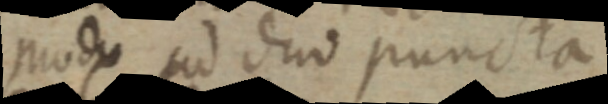
modo ad duo puncta